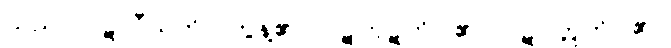
သည်။ ပဋိလီယတိ။ တွန့်၏။ ပဋိကုဋတိ၊ ၏။ ပဋိဝတ္တတိ၊ ၏။